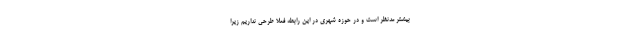
بیشتر مدنظر است و در حوزه شهری در این رابطه فعلاً طرحی نداریم زیرا